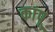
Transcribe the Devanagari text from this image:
कांपू